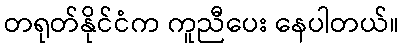
တရုတ်နိုင်ငံက ကူညီပေး နေပါတယ်။